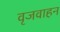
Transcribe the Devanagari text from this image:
वृजवाहन